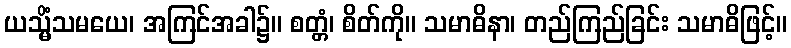
ယသ္မိံသမယေ၊ အကြင်အခါ၌။ စတ္တံ၊ စိတ်ကို။ သမာဓိနာ၊ တည်ကြည်ခြင်း သမာဓိဖြင့်။